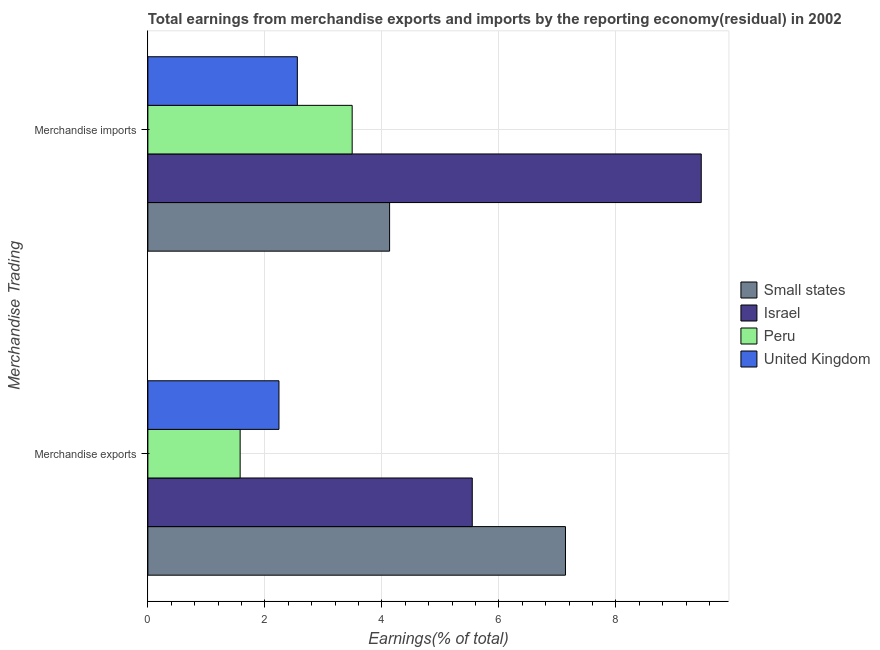
| Merchandise Trading | Small states | Israel | Peru | United Kingdom |
 | --- | --- | --- | --- | --- |
 | Merchandise exports | 7.14 | 5.54 | 1.58 | 2.24 |
 | Merchandise imports | 4.13 | 9.46 | 3.49 | 2.55 |